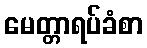
မေတ္တာရပ်ခံစာ